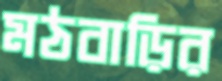
মঠবাড়ির